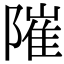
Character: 𨻵